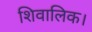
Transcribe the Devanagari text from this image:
शिवालिक।